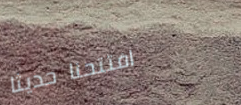
افتتحنا حديثاً